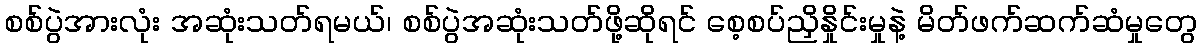
စစ်ပွဲအားလုံး အဆုံးသတ်ရမယ်၊ စစ်ပွဲအဆုံးသတ်ဖို့ဆိုရင် စေ့စပ်ညှိနှိုင်းမှုနဲ့ မိတ်ဖက်ဆက်ဆံမှုတွေ